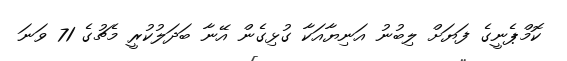
ކޮމްޕެނީގެ ފަޔަށް ލިބުނު އަނިޔާއަކާ ގުޅިގެން އޭނާ ބަދަލުކުރީ މެޗުގެ 71 ވަނަ